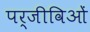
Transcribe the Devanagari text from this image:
पर्जीविओं